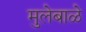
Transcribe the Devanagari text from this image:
मुलेबाळे